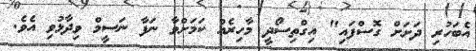
އެބަހުރި ދަށަށް ގޮސްފައި" އިގްތިސޯދީ މާހިރެއް ކަމަށްވާ ނަފާ ނަސީމް ވިދާޅުވި އެވެ.